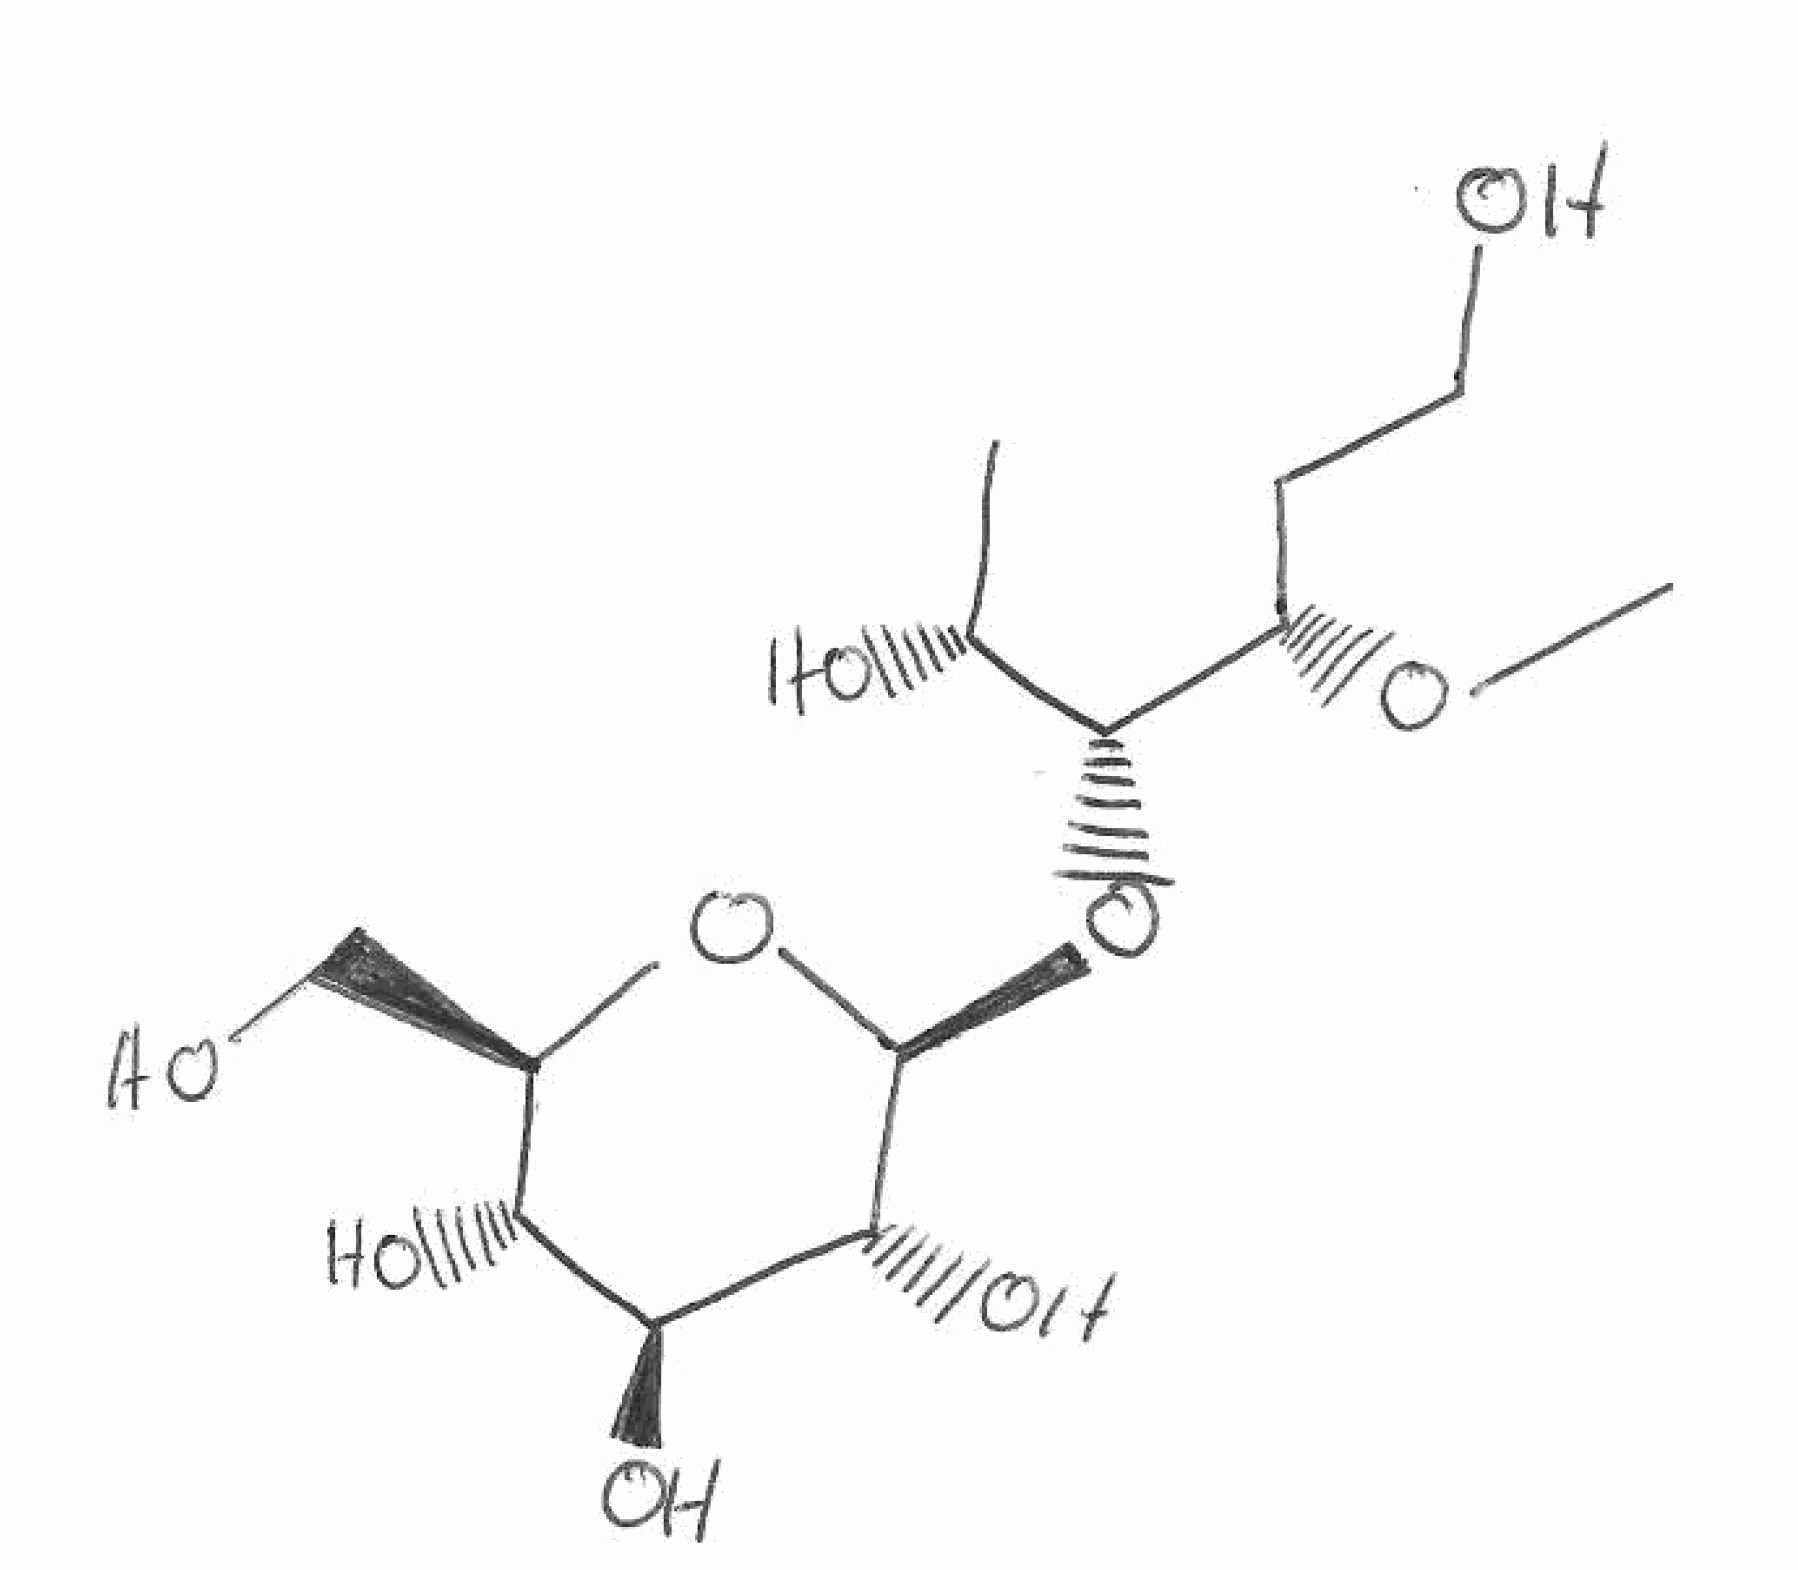
Simplified molecular-input line-entry system (SMILES) notation of the given molecule:
C[C@H]([C@H]([C@H](CCO)OC)O[C@H]1[C@@H]([C@H]([C@@H]([C@H](O1)CO)O)O)O)O